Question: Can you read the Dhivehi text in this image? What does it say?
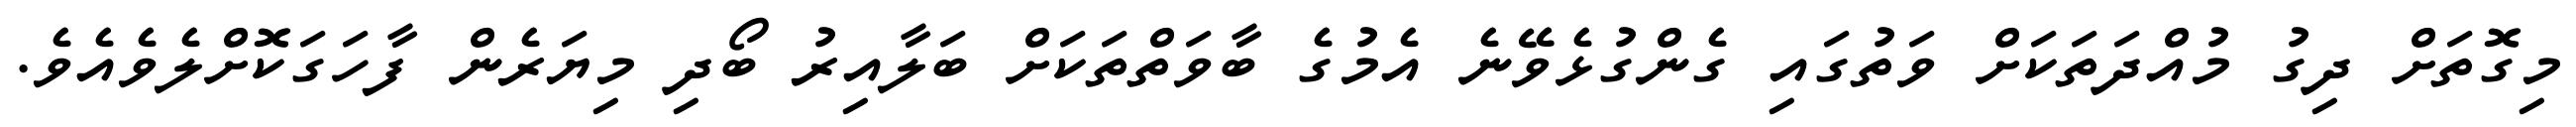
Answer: މިގޮތަށް ދިގު މުއްދަތަކަށް ވަތުގައި ގެންގުޅެވޭނެ އެމުގެ ބާވަތްތަކަށް ބަލާއިރު ބޯދި މިޔަރެން ފާހަގަކޮށްލެވެއެވެ.